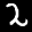
Label: 2